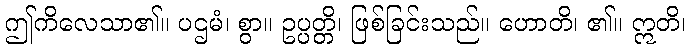
ဤကိလေသာ၏။ ပဌမံ၊ စွာ။ ဥပ္ပတ္တိ၊ ဖြစ်ခြင်းသည်။ ဟောတိ၊ ၏။ ဣတိ၊